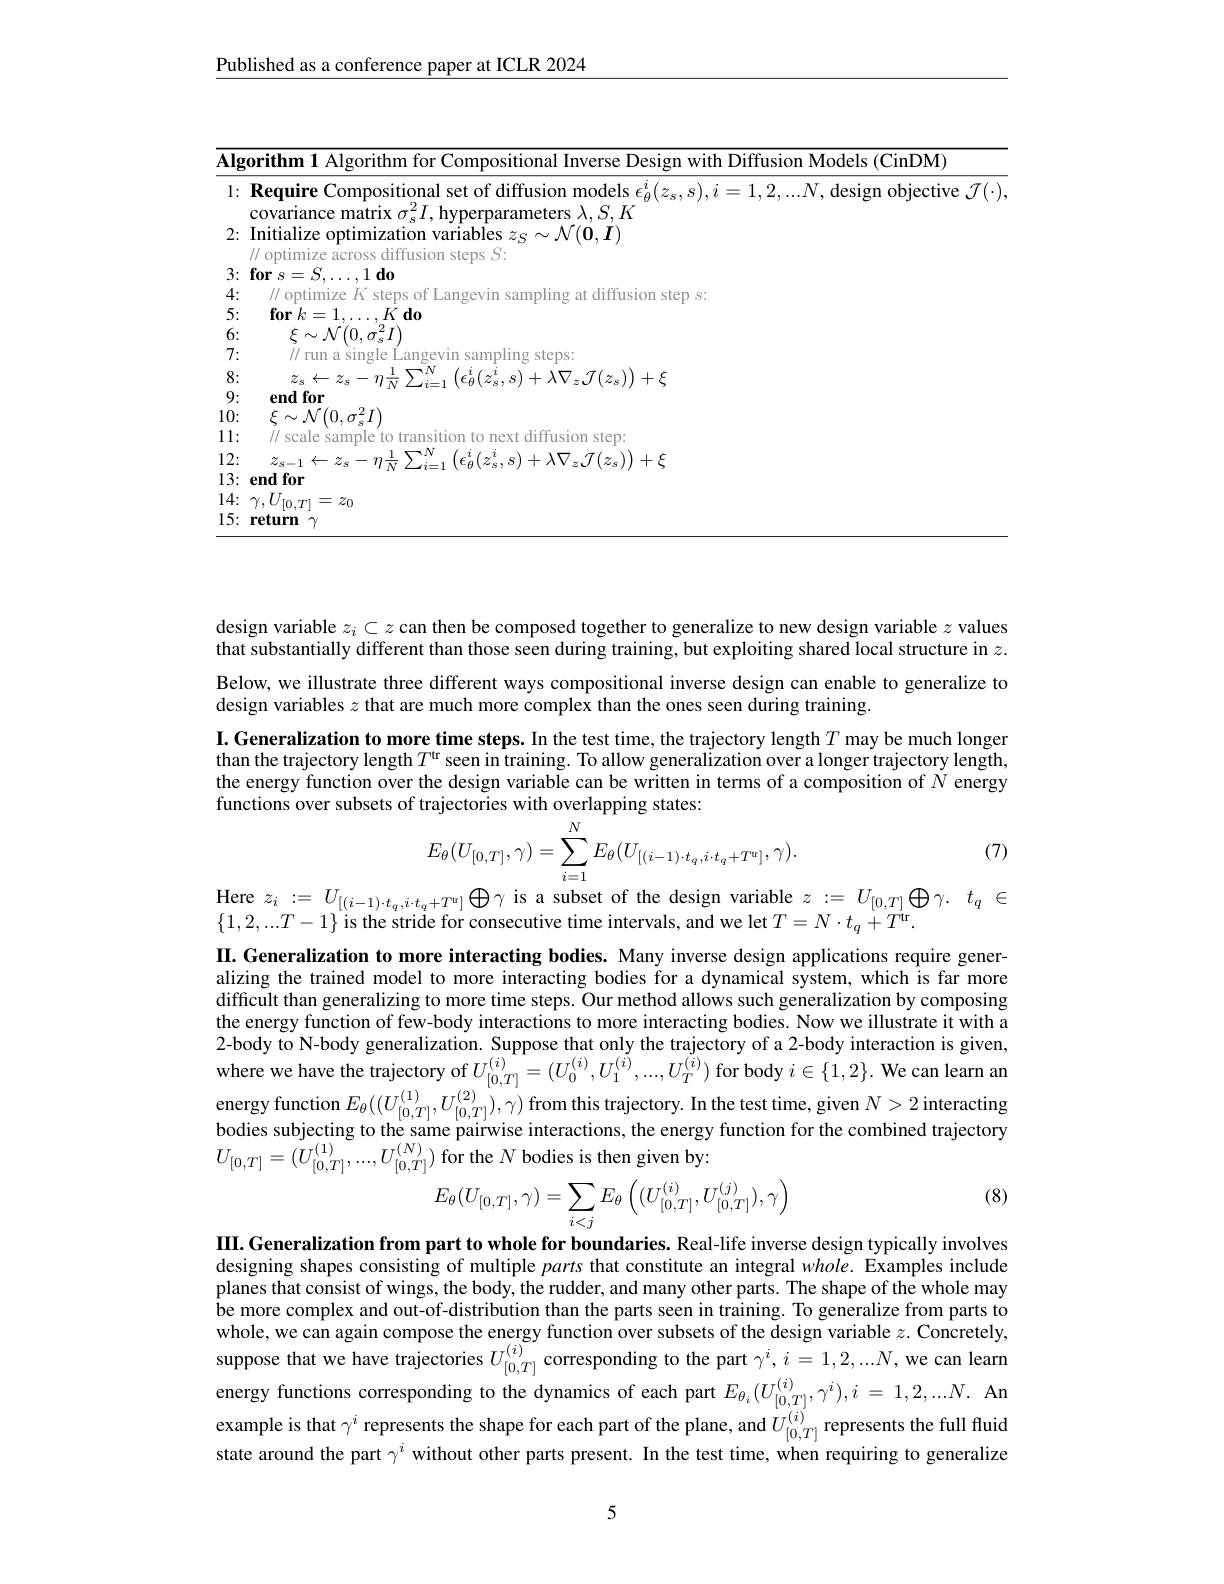
Published as a conference paper at ICLR 2024

<table>
	<tbody>
		<tr>
			<td colspan="2">Algorithm 1 Algorithm for Compositio $w$ith Diffusion Models (CinDM)</td>
		</tr>
		<tr>
			<td>1:</td>
			<td>$\textbf{Require Compositional set of diffusion models }\epsilon _{\theta }^{i}( z_{s}, s) , i= 1, 2, . . . N$,design objective $\mathcal{J}(\cdot)$ covariance matrix $\sigma_{\mathrm{s}}^2I$, hyperparameters $\lambda,S,K$</td>
		</tr>
		<tr>
			<td>2:</td>
			<td>Initialize optimization variables $z_S\sim\mathcal{N}(\mathbf{0},\boldsymbol{I})$ $1/r$ ODtimize diftusion $\zeta^{\dagger}$,</td>
		</tr>
		<tr>
			<td>3: 、</td>
			<td>$\textbf{for}s= S, \ldots , 1\textbf{do}$</td>
		</tr>
		<tr>
			<td>4: 、 、 1 、</td>
			<td>usion step s</td>
		</tr>
		<tr>
			<td>5: ·</td>
			<td>$\textbf{for}k= 1, \ldots , K\textbf{do}$</td>
		</tr>
		<tr>
			<td>6:</td>
			<td>$\xi\sim\mathcal{N}(0,\sigma_{c}^{2}I)$</td>
		</tr>
		<tr>
			<td>7:</td>
			<td>/ run a single Langev vin sampling steps:</td>
		</tr>
		<tr>
			<td>8: T</td>
			<td>$\lambda \nabla _{z}\mathcal{J} ( z_{\mathrm{s} }) ) + \xi$</td>
		</tr>
		<tr>
			<td>9: T</td>
			<td>endfor</td>
		</tr>
		<tr>
			<td>10:</td>
			<td>$\xi\sim\mathcal{N}(0,\sigma_{s}^{2}I)$</td>
		</tr>
		<tr>
			<td>11: 1 ·</td>
			<td>$\|$ scale sample'to transition to next diffusion step:</td>
		</tr>
		<tr>
			<td>12:</td>
			<td> $\lambda\nabla_{\tau.}\mathcal{T}(z_{c}))+\xi$</td>
		</tr>
		<tr>
			<td>13:</td>
			<td>endfor</td>
		</tr>
		<tr>
			<td>14: 1 1 1 T 1</td>
			<td>$T_{1}=z_{0}$</td>
		</tr>
		<tr>
			<td>15: T</td>
			<td>return $\gamma$</td>
		</tr>
	</tbody>
</table>

design variable $z_i\subset z$ can then be composed together to generalize to new design variable $z$ values that substantially different than those seen during training, but exploiting shared local structure in $z.$ Below, we illustrate three different ways compositional inverse design can enable to generalize to design variables $z$ that are much more complex than the ones seen during training.
I. Generalization to more time steps. In the test time, the trajectory length $T$ may be much longer than the trajectory length $T^\mathrm{tr}$ seen in training. To allow generalization over a longer trajectory length, the energy function over the design variable can be written in terms of a composition of $N$ energy functions over subsets of trajectories with overlapping states:
$$E_{\theta}(U_{[0,T]},\gamma)=\sum_{i=1}^{N}E_{\theta}(U_{[(i-1)\cdot t_{q},i\cdot t_{q}+T^{w}]},\gamma).$$
(7)

Here $z_i:=U_{[(i-1)\cdot t_{q},i\cdot t_{q}+T^{\mathfrak{u}}]}\bigoplus\gamma$ is a subset of the design variable $z: = U_[ 0, T] \bigoplus \gamma .$ $t_q\in$
$\{1,2,...T-1\}$ is the stride for consecutive time intervals, and we let $T=N\cdot t_q+T^\mathrm{dr}.$

II.Generalization to more interacting bodies. Many inverse design applications require generalizing the trained model to more interacting bodies for a dynamical system, which is far more difficult than generalizing to more time steps. Our method allows such generalization by composing the energy function of few-body interactions to more interacting bodies. Now we illustrate it with a 2-body to N-body generalization. Suppose that only the trajectory of a 2-body interaction is given, where we have the trajectory of $U_{[0,T]}^{(i)}=(U_{0}^{(i)},U_{1}^{(i)},...,U_{T}^{(i)})$ for body $i\in\{1,2\}.$ We can learn an energy function $E_{\theta }( ( U_{[ 0, T] }^{( 1) }, U_{[ 0, T] }^{( 2) }) , \gamma )$ from this trajectory. In the test time, given $N> 2$ interacting bodies subjecting to the same pairwise interactions, the energy function for the combined trajectory bodies subjecting to the same pairwise interactions, the energy function for the combined trajectory $U_{[ 0, T] }= ( U_{[ 0, T] }^{( 1) }, . . . , U_{[ 0, T] }^{( N) })$ for the $N$ bodies is then given by:

(8)
$$E_{\theta}(U_{[0,T]},\gamma)=\sum_{i<j}E_{\theta}\left((U_{[0,T]}^{(i)},U_{[0,T]}^{(j)}),\gamma\right)$$
III. Generalization from part to whole for boundaries. Real-life inverse design typically involves designing shapes consisting of multiple parts that constitute an integral whole. Examples include planes that consist of wings, the body, the rudder, and many other parts. The shape of the whole may be more complex and out-of-distribution than the parts seen in training. To generalize from parts to whole, we can again compose the energy function over subsets of the design variable $z.$ Concretely, suppose that we have trajectories $U_{[0,T]}^{(i)}$ corresponding to the part $\gamma^i,i=1,2,...N$, we can learn energy functions corresponding to the dynamics of each part $E_{\theta_i}(U_{[0,T]}^{(i)},\gamma^{i}),i=1,2,...N.$ Anexample is thapesents the shape for each part of the plane, and $U_{[0,T]}^{(i)}$ represents the full fluid stata raund the anst $^{i}$ withut atbe r state around the part $\gamma^i$ without other parts present. In the test time, when requiring to generalize

5